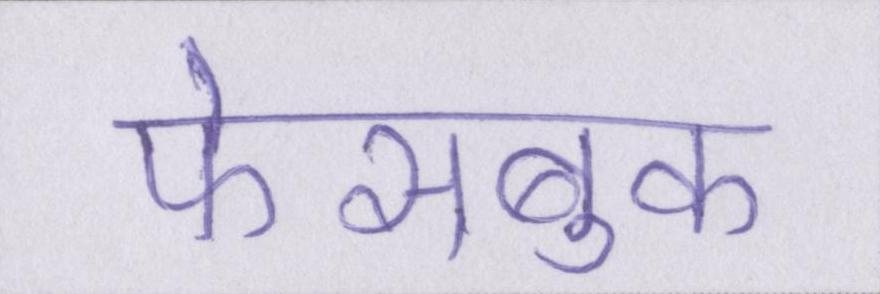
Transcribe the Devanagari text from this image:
फेसबुक